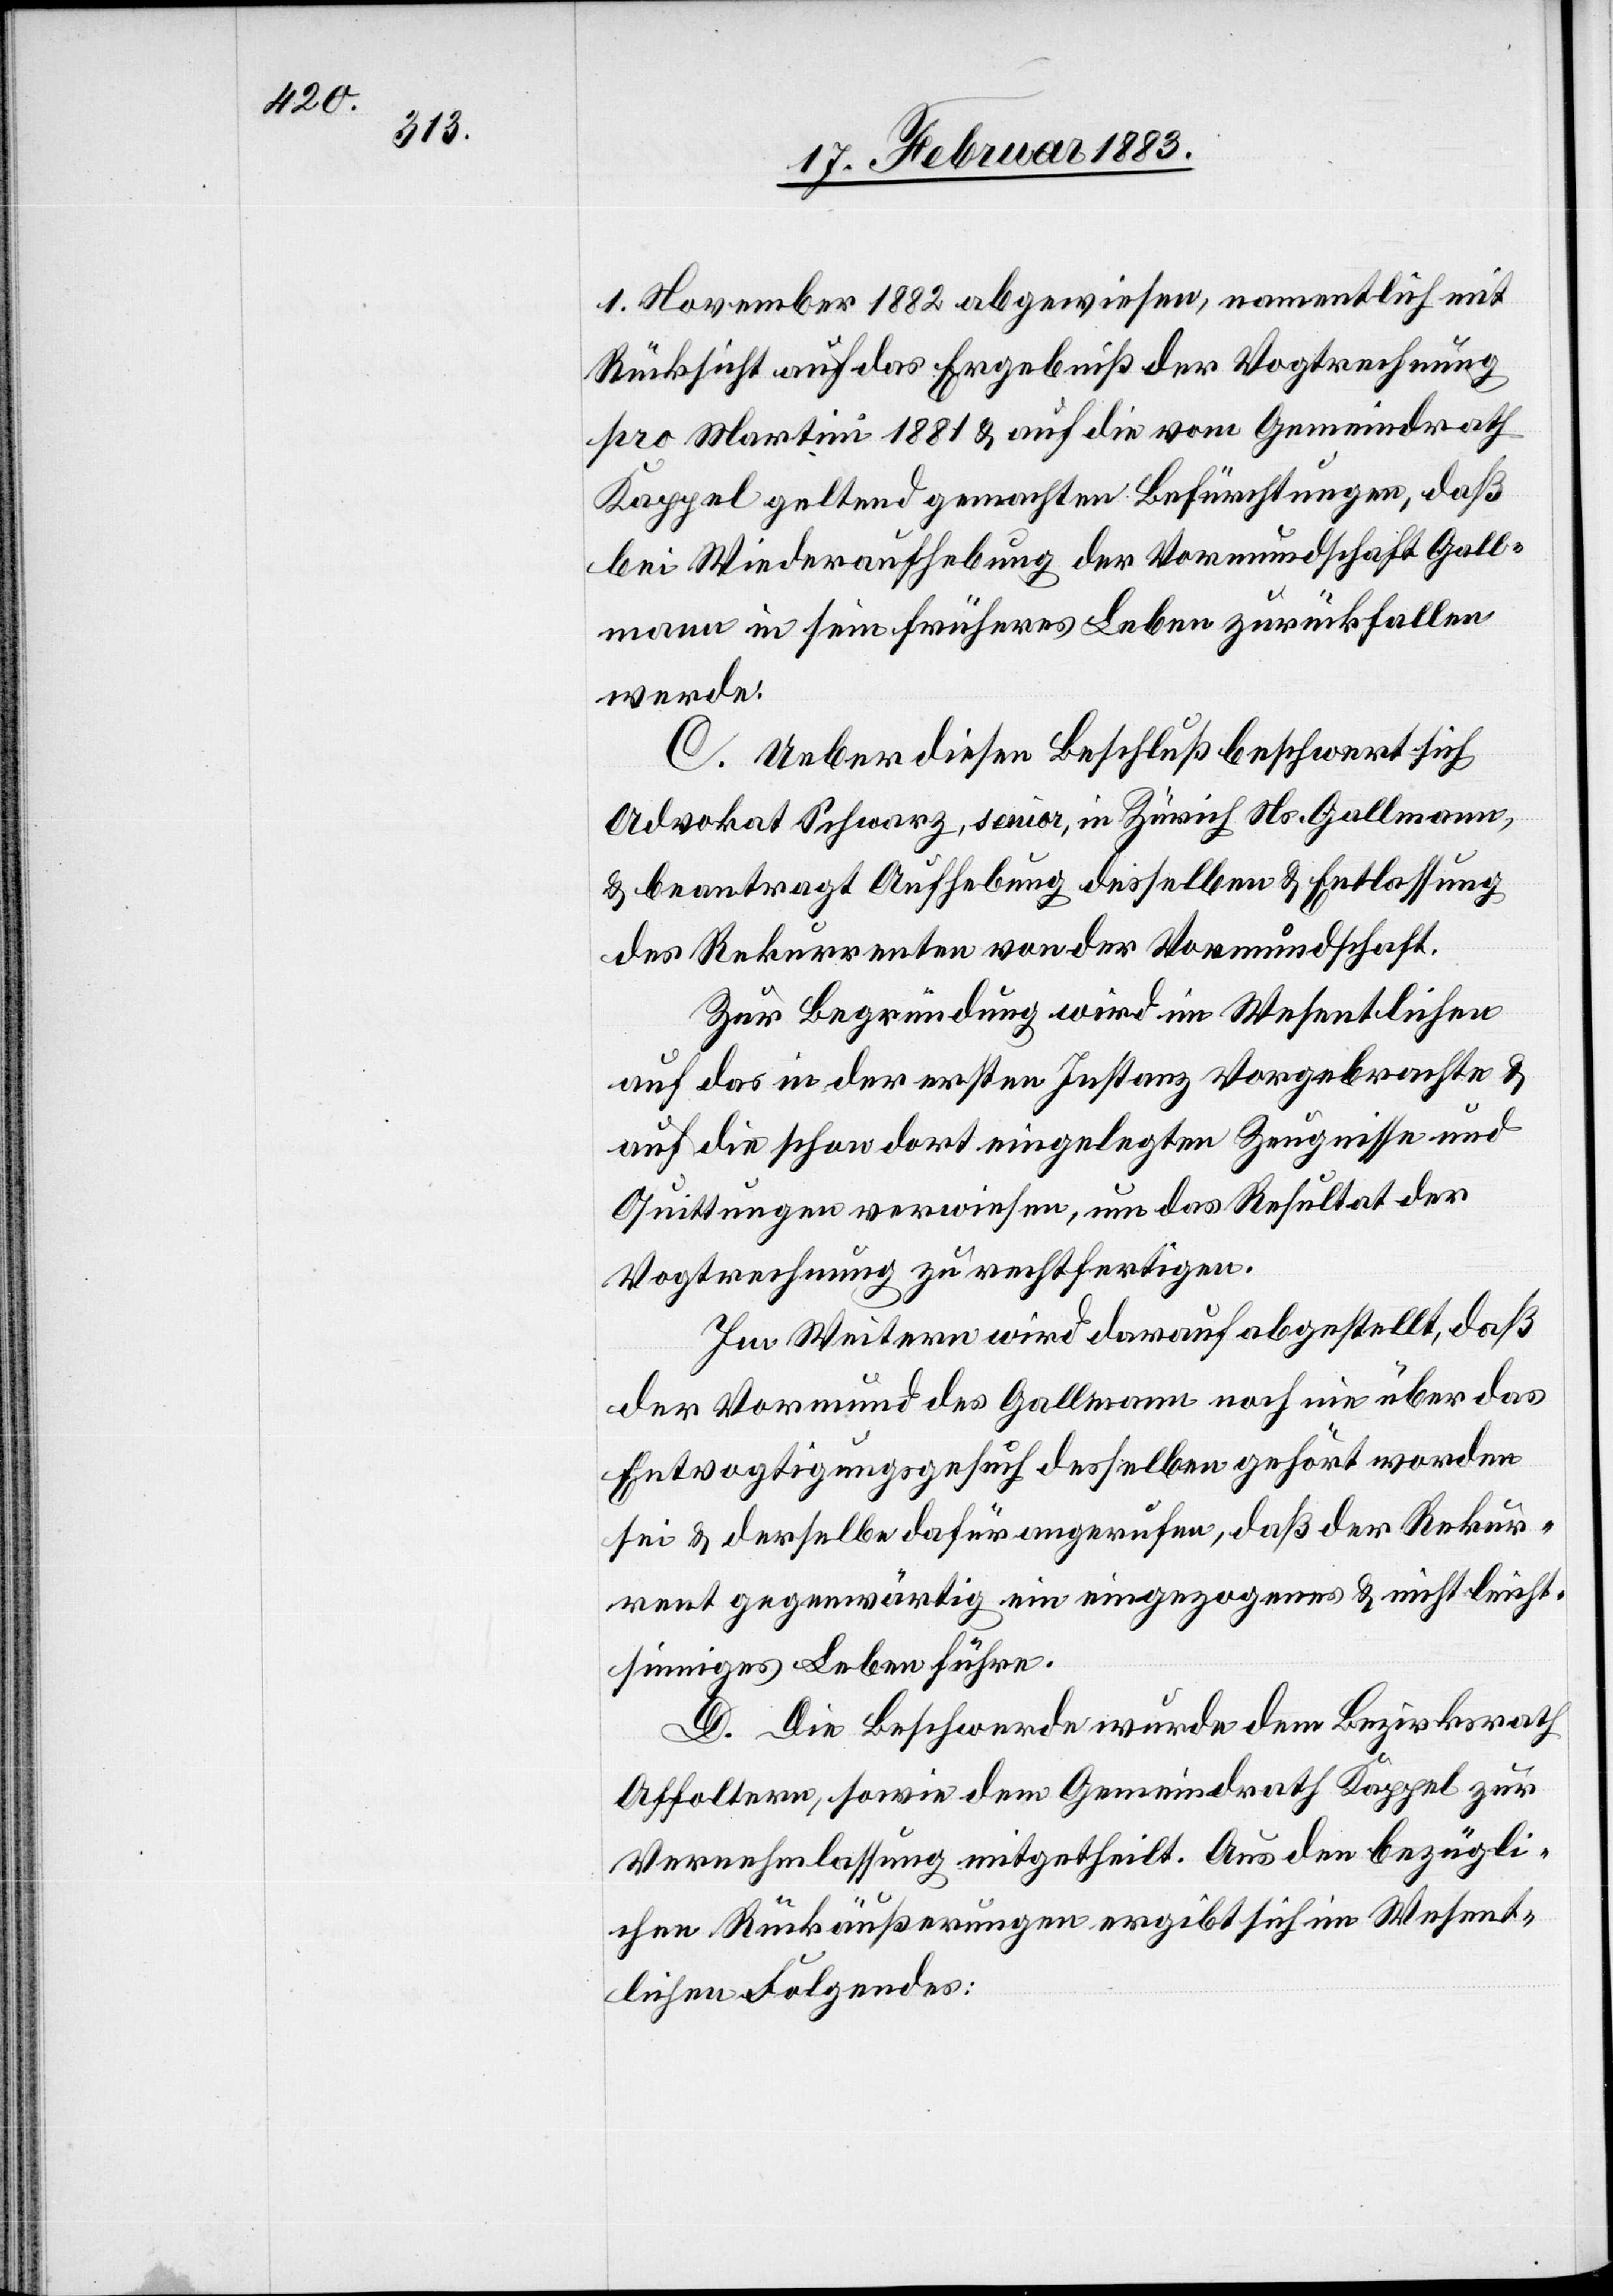
1. November 1882 abgewiesen, namentlich mit
Rücksicht auf das Ergebniß der Vogtrechung
pro Martini 1881 & auf die vom Gemeindrath
Kappel geltend gemachten Befürchtungen, daß
bei Wiederaufhebung der Vormundschaft Gall¬
mann in sein früheres Leben zurückfallen
werde.
C. Ueber diesen Beschluß beschwert sich
Advokat Schwarz, senior, in Zürich Ns. Gallmann,
& beantragt Aufhebung desselben & Entlassung
des Rekurrenten von der Vormundschaft.
Zur Begründung wird im Wesentlichen
auf das in der ersten Instanz Vorgebrachte &
auf die schon dort eingelegten Zeugnisse und
Quittungen verwiesen, um das Resultat der
Vogtrechnung zu rechtfertigen.
Im Weitern wird darauf abgestellt, daß
der Vormund des Gallmann noch nie über das
Entvogtigungsgesuch desselben gehört worden
sei & derselbe dafür angerufen, daß der Rekur¬
rent gegenwärtig ein eingezogenes & nicht leicht¬
sinniges Leben führe.
D. Die Beschwerde wurde dem Bezirksrath
Affoltern, sowie dem Gemeindrath Kappel zur
Vernehmlassung mitgetheilt. Aus den bezügli¬
chen Rückäußerungen ergibt sich im Wesent¬
lichen Folgendes: